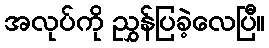
အလုပ်ကို ညွှန်ပြခဲ့လေပြီ။